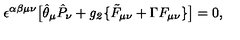
\epsilon ^ { \alpha \beta \mu \nu } \big [ \hat { \theta } _ { \mu } \hat { P } _ { \nu } + { \it g _ { 2 } } \{ \tilde { F } _ { \mu \nu } + \Gamma F _ { \mu \nu } \} \big ] = 0 ,